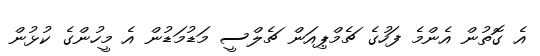
އެ ގޮތުން އެންމެ ފަހުގެ ޗެމްޕިއަން ޗެލްސީ މަޑުމަޑުން އެ މީހުންގެ ކުޅުން